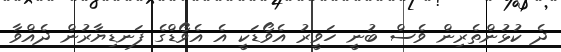
ދެ ކުޅުންތެރިން ވެސް ބުނީ ހަވީރު އެވޯޑަކީ އެ އެވޯޑްގެ ފަނޑިޔާރުން ދެއްވާ